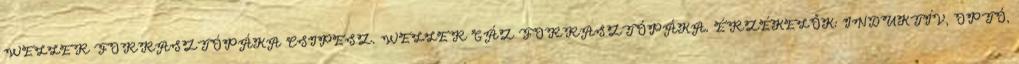
WELLER FORRASZTÓPÁKA CSIPESZ. WELLER GÁZ FORRASZTÓPÁKA. ÉRZÉKELŐK: INDUKTÍV, OPTÓ,